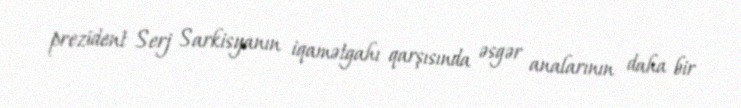
prezident Serj Sarkisyanın iqamətgahı qarşısında əsgər analarının daha bir